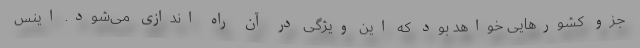
جزو کشورهایی خواهد بود که این ویژگی در آن راه اندازی می‌شود. اینس